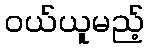
ဝယ်ယူမည့်